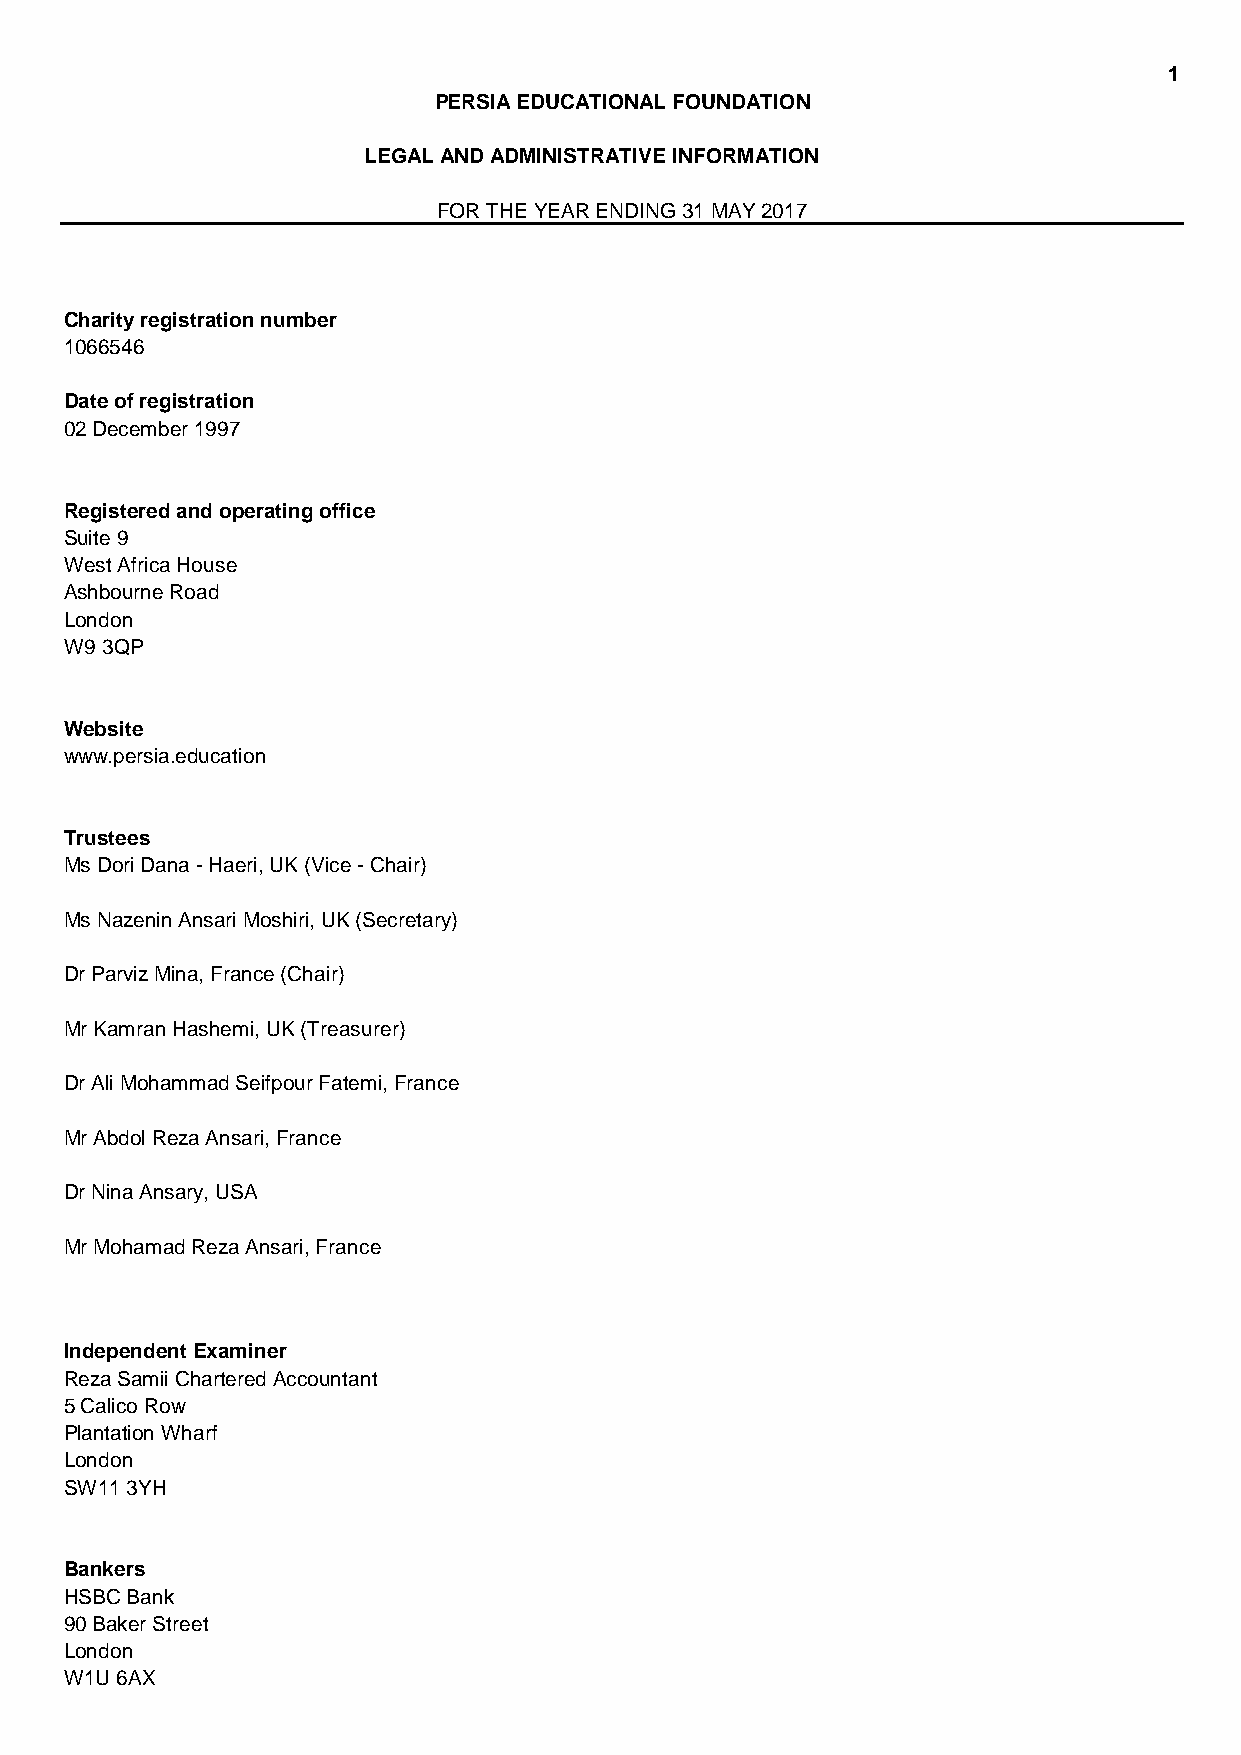
1
 PERSIA EDUCATIONAL FOUNDATION
 LEGAL AND ADMINISTRATIVE INFORMATION
 FOR THE YEAR ENDING 31 MAY 2017
 Charity registration number
 1066546
 Date of registration
 02 December 1997
 Registered and operating office
 Suite 9
 West Africa House
 Ashbourne Road
 London
 W9 3QP
 Website
 www.persia.education
 Trustees
 Ms Dori Dana - Haeri, UK (Vice - Chair)
 Ms Nazenin Ansari Moshiri, UK (Secretary)
 Dr Parviz Mina, France (Chair)
 Mr Kamran Hashemi, UK (Treasurer)
 Dr Ali Mohammad Seifpour Fatemi, France
 Mr Abdol Reza Ansari, France
 Dr Nina Ansary, USA
 Mr Mohamad Reza Ansari, France
 Independent Examiner
 Reza Samii Chartered Accountant
 5 Calico Row
 Plantation Wharf
 London
 SW11 3YH
 Bankers
 HSBC Bank
 90 Baker Street
 London
 W1U 6AX